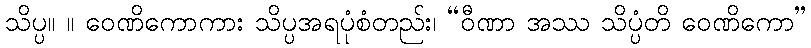
သိပ္ပ။ ။ ဝေဏိကောကား သိပ္ပအရပုံစံတည်း၊ “ဝီဏာ အဿ သိပ္ပံတိ ဝေဏိကော”